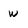
Character: W